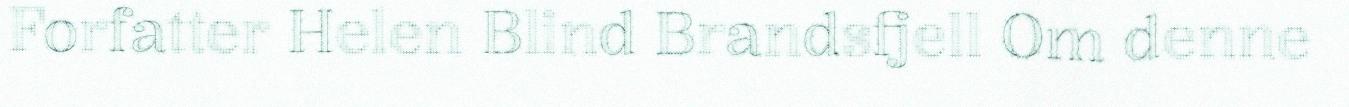
Forfatter Helen Blind Brandsfjell Om denne